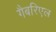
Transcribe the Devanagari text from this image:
गैबरिएल